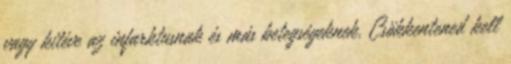
vagy kitéve az infarktusnak és más betegségeknek. Csökkentened kell